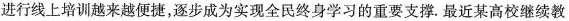
进行线上培训越来越便捷，逐步成为实现全民终身学习的重要支撑.最近某高校继续教